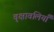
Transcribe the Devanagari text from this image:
वृक्षावलियाँ